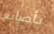
بأصابع